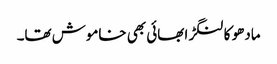
مادھو کا لنگڑا بھائی بھی خاموش تھا۔